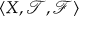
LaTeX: \langle X , { \mathcal { T } } , { \mathcal { F } } \rangle